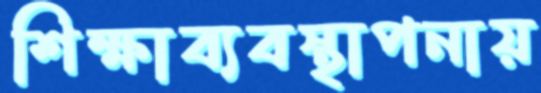
শিক্ষাব্যবস্থাপনায়